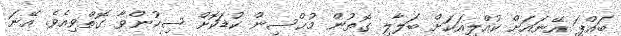
ބައްޕަ އޭނައަށް ކުއްލިއަކަށް ބަލާލި ގޮތުން މުޙްސިން ކުޑަކޮށް ސިހުންވާ ގޮތްވިއެވެ. އޭނަ